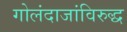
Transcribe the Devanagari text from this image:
गोलंदाजांविरुद्ध